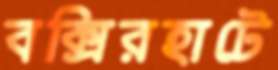
বক্সিরহাটে